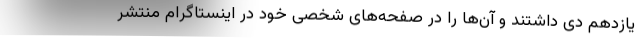
یازدهم دی داشتند و آن‌ها را در صفحه‌های شخصی خود در اینستاگرام منتشر